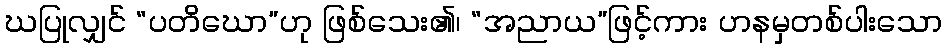
ဃပြုလျှင် “ပတိဃော”ဟု ဖြစ်သေး၏၊ “အညာယ”ဖြင့်ကား ဟနမှတစ်ပါးသော